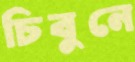
চিবুনে